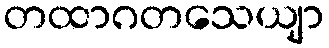
တထာဂတသေယျာ